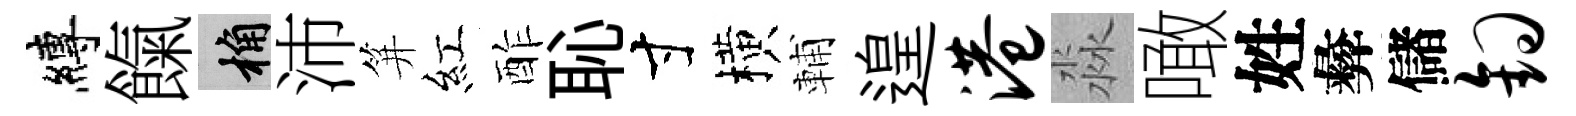
縛餼桷沛笄紅酢恥寸横輔遑港淼噉姓彜儲钩